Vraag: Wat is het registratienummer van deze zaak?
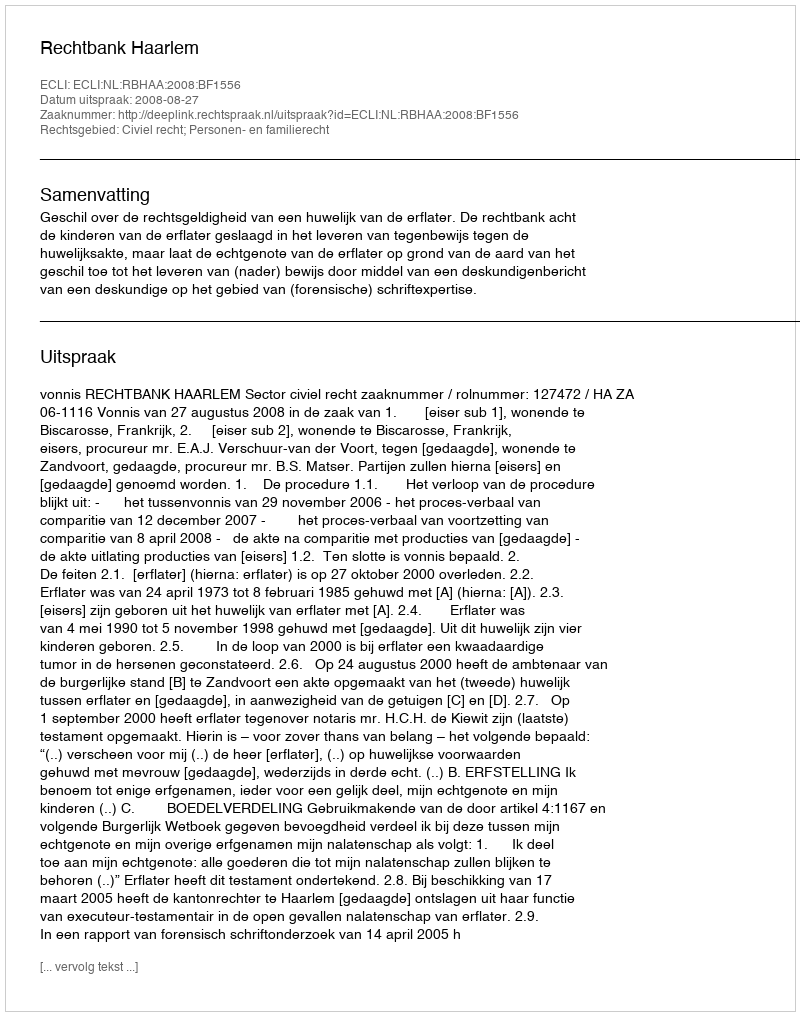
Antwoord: http://deeplink.rechtspraak.nl/uitspraak?id=ECLI:NL:RBHAA:2008:BF1556